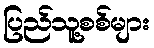
ပြည်သူ့စစ်များ